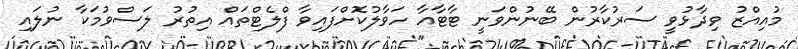
މުއިއްޒު ވިދާޅުވީ ސަރުކާރުން ބޭނުންވަނީ ޓާޓާއާ ހަވާލުކޮށްފައިވާ ފްލެޓްތައް އިތުރު ލަސްވުމަކާ ނުލައި